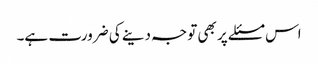
اس مسئلے پر بھی توجہ دینے کی ضرورت ہے۔